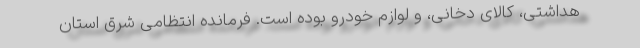
هداشتی، کالای دخانی، و لوازم خودرو بوده است. فرمانده انتظامی شرق استان